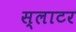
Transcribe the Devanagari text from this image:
स्‍लाटर